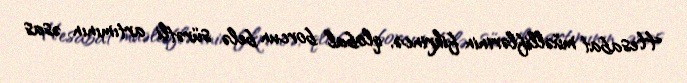
Hesabat müəlliflərinin fikrincə, qlobal borcun belə sürətli artımının əsas